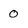
Character: 0